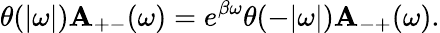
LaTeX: \theta(|\omega|)\mathbf{A}_{+-}(\omega)=e^{\beta\omega}\theta(-|\omega|)\mathbf{A}_{-+}(\omega).